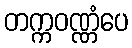
တက္ကဝဏ္ဏံပေ